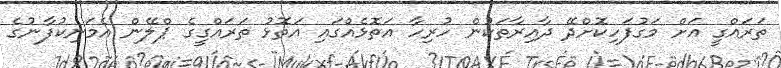
ތަރައްގީ އަށް މަގުފަހިކޮށްދޭ ދާއިރާތަކުން ހުރިހާ އަތޮޅެއްގައި އަތޮޅު ތަރައްގީގެ ޕްލޭން އެމަނިކުފާނުގެ